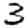
Digit: 3